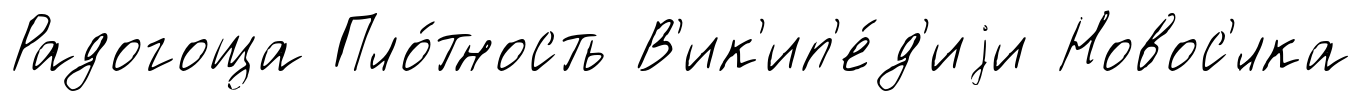
Радогоща Пло́тность В'ик'ип'е́д'иjи Новос'́лка